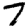
Digit: 7